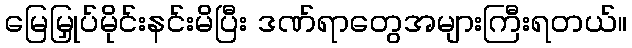
မြေမြှုပ်မိုင်းနင်းမိပြီး ဒဏ်ရာတွေအများကြီးရတယ်။